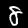
Label: 8